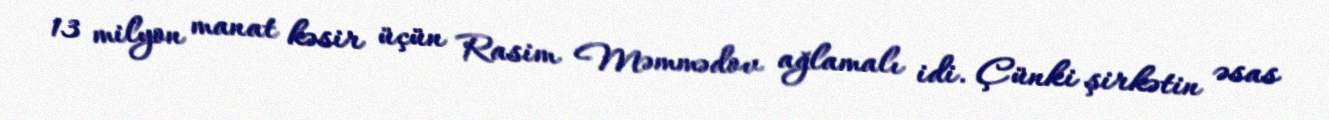
13 milyon manat kəsir üçün Rasim Məmmədov ağlamalı idi. Çünki şirkətin əsas